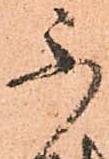
不